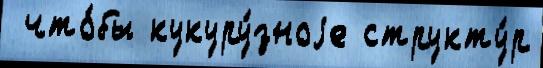
 что́бы кукуру́зноjе структу́р